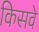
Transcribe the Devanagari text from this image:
किसवे